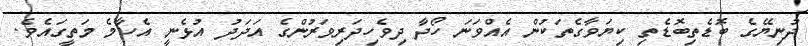
ދުނިޔޭގެ ބޮޑެތިބޮޑެތި ކިޔަވާގެތަކުން އެއްވަނަ ހޯދާ ދިވެހިދަރިވަރުންގެ އަދަދު އުޅެނީ އެހާމެ މަތީގައެވެ.